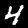
Label: 4